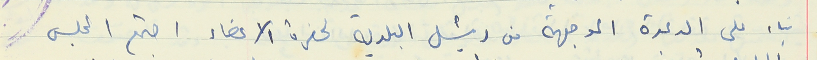
بناء على الدعوة الموجهة من رئيس البلدية لحضرة الاعضاء اجتمع المجلس